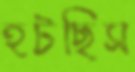
হটছিস